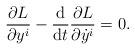
LaTeX: \begin{gather*} \frac{ \partial L }{ \partial y ^i } - \frac{\mathrm{d}}{\mathrm{d}t} \frac{ \partial L }{ \partial \dot{y} ^i } = 0 .\end{gather*}